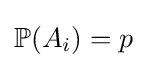
\mathbb {P} (A_{i})=p